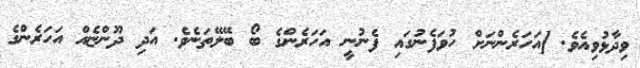
ވިދާޅުވިއެވެ. [އަހަރެންނަށް ހުވަފެނުގައި ފެނުނީ އަހަރެންގެ ބޯ ބޭލޭތަނެވެ. އަދި ދޫންޏެއް އަހަރެންގެ